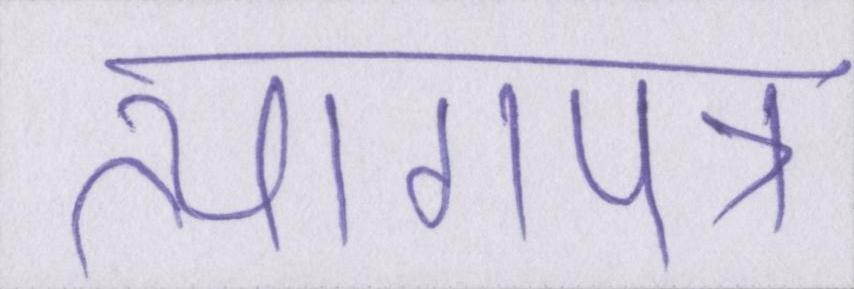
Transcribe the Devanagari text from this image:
त्यागपत्र